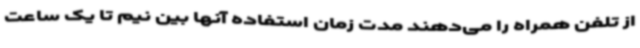
از تلفن همراه را می‌دهند مدت زمان استفاده آنها بین نیم تا یک ساعت